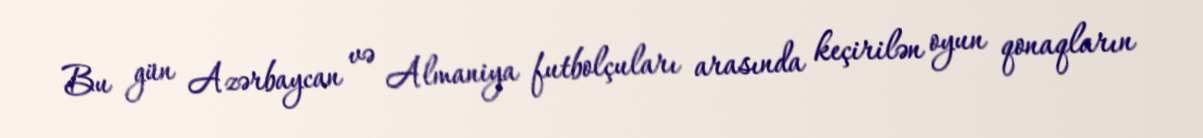
Bu gün Azərbaycan və Almaniya futbolçuları arasında keçirilən oyun qonaqların